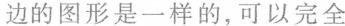
边的图形是一样的，可以完全